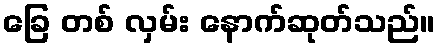
ခြေ တစ် လှမ်း နောက်ဆုတ်သည်။